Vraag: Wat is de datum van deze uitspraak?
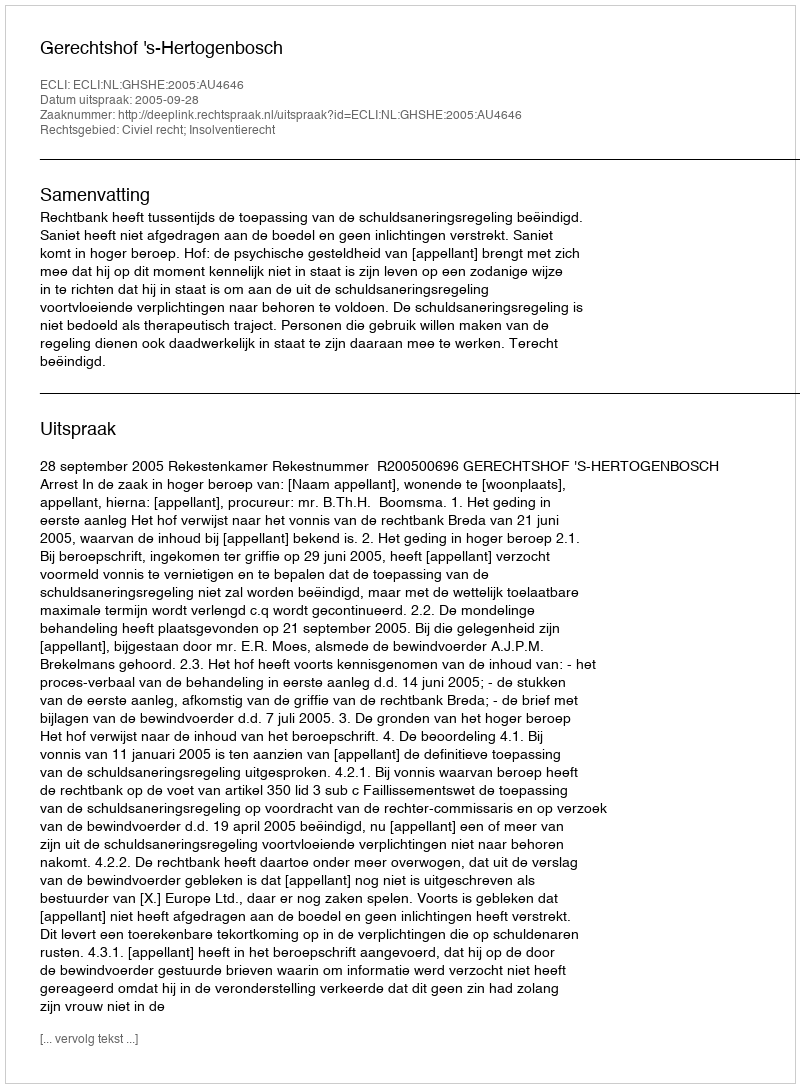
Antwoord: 2005-09-28